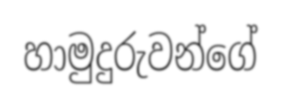
හාමුදුරුවන්ගේ